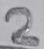
Text: 2